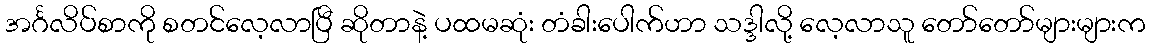
အင်္ဂလိပ်စာကို စတင်လေ့လာပြီ ဆိုတာနဲ့ ပထမဆုံး တံခါးပေါက်ဟာ သဒ္ဒါလို့ လေ့လာသူ တော်တော်များများက